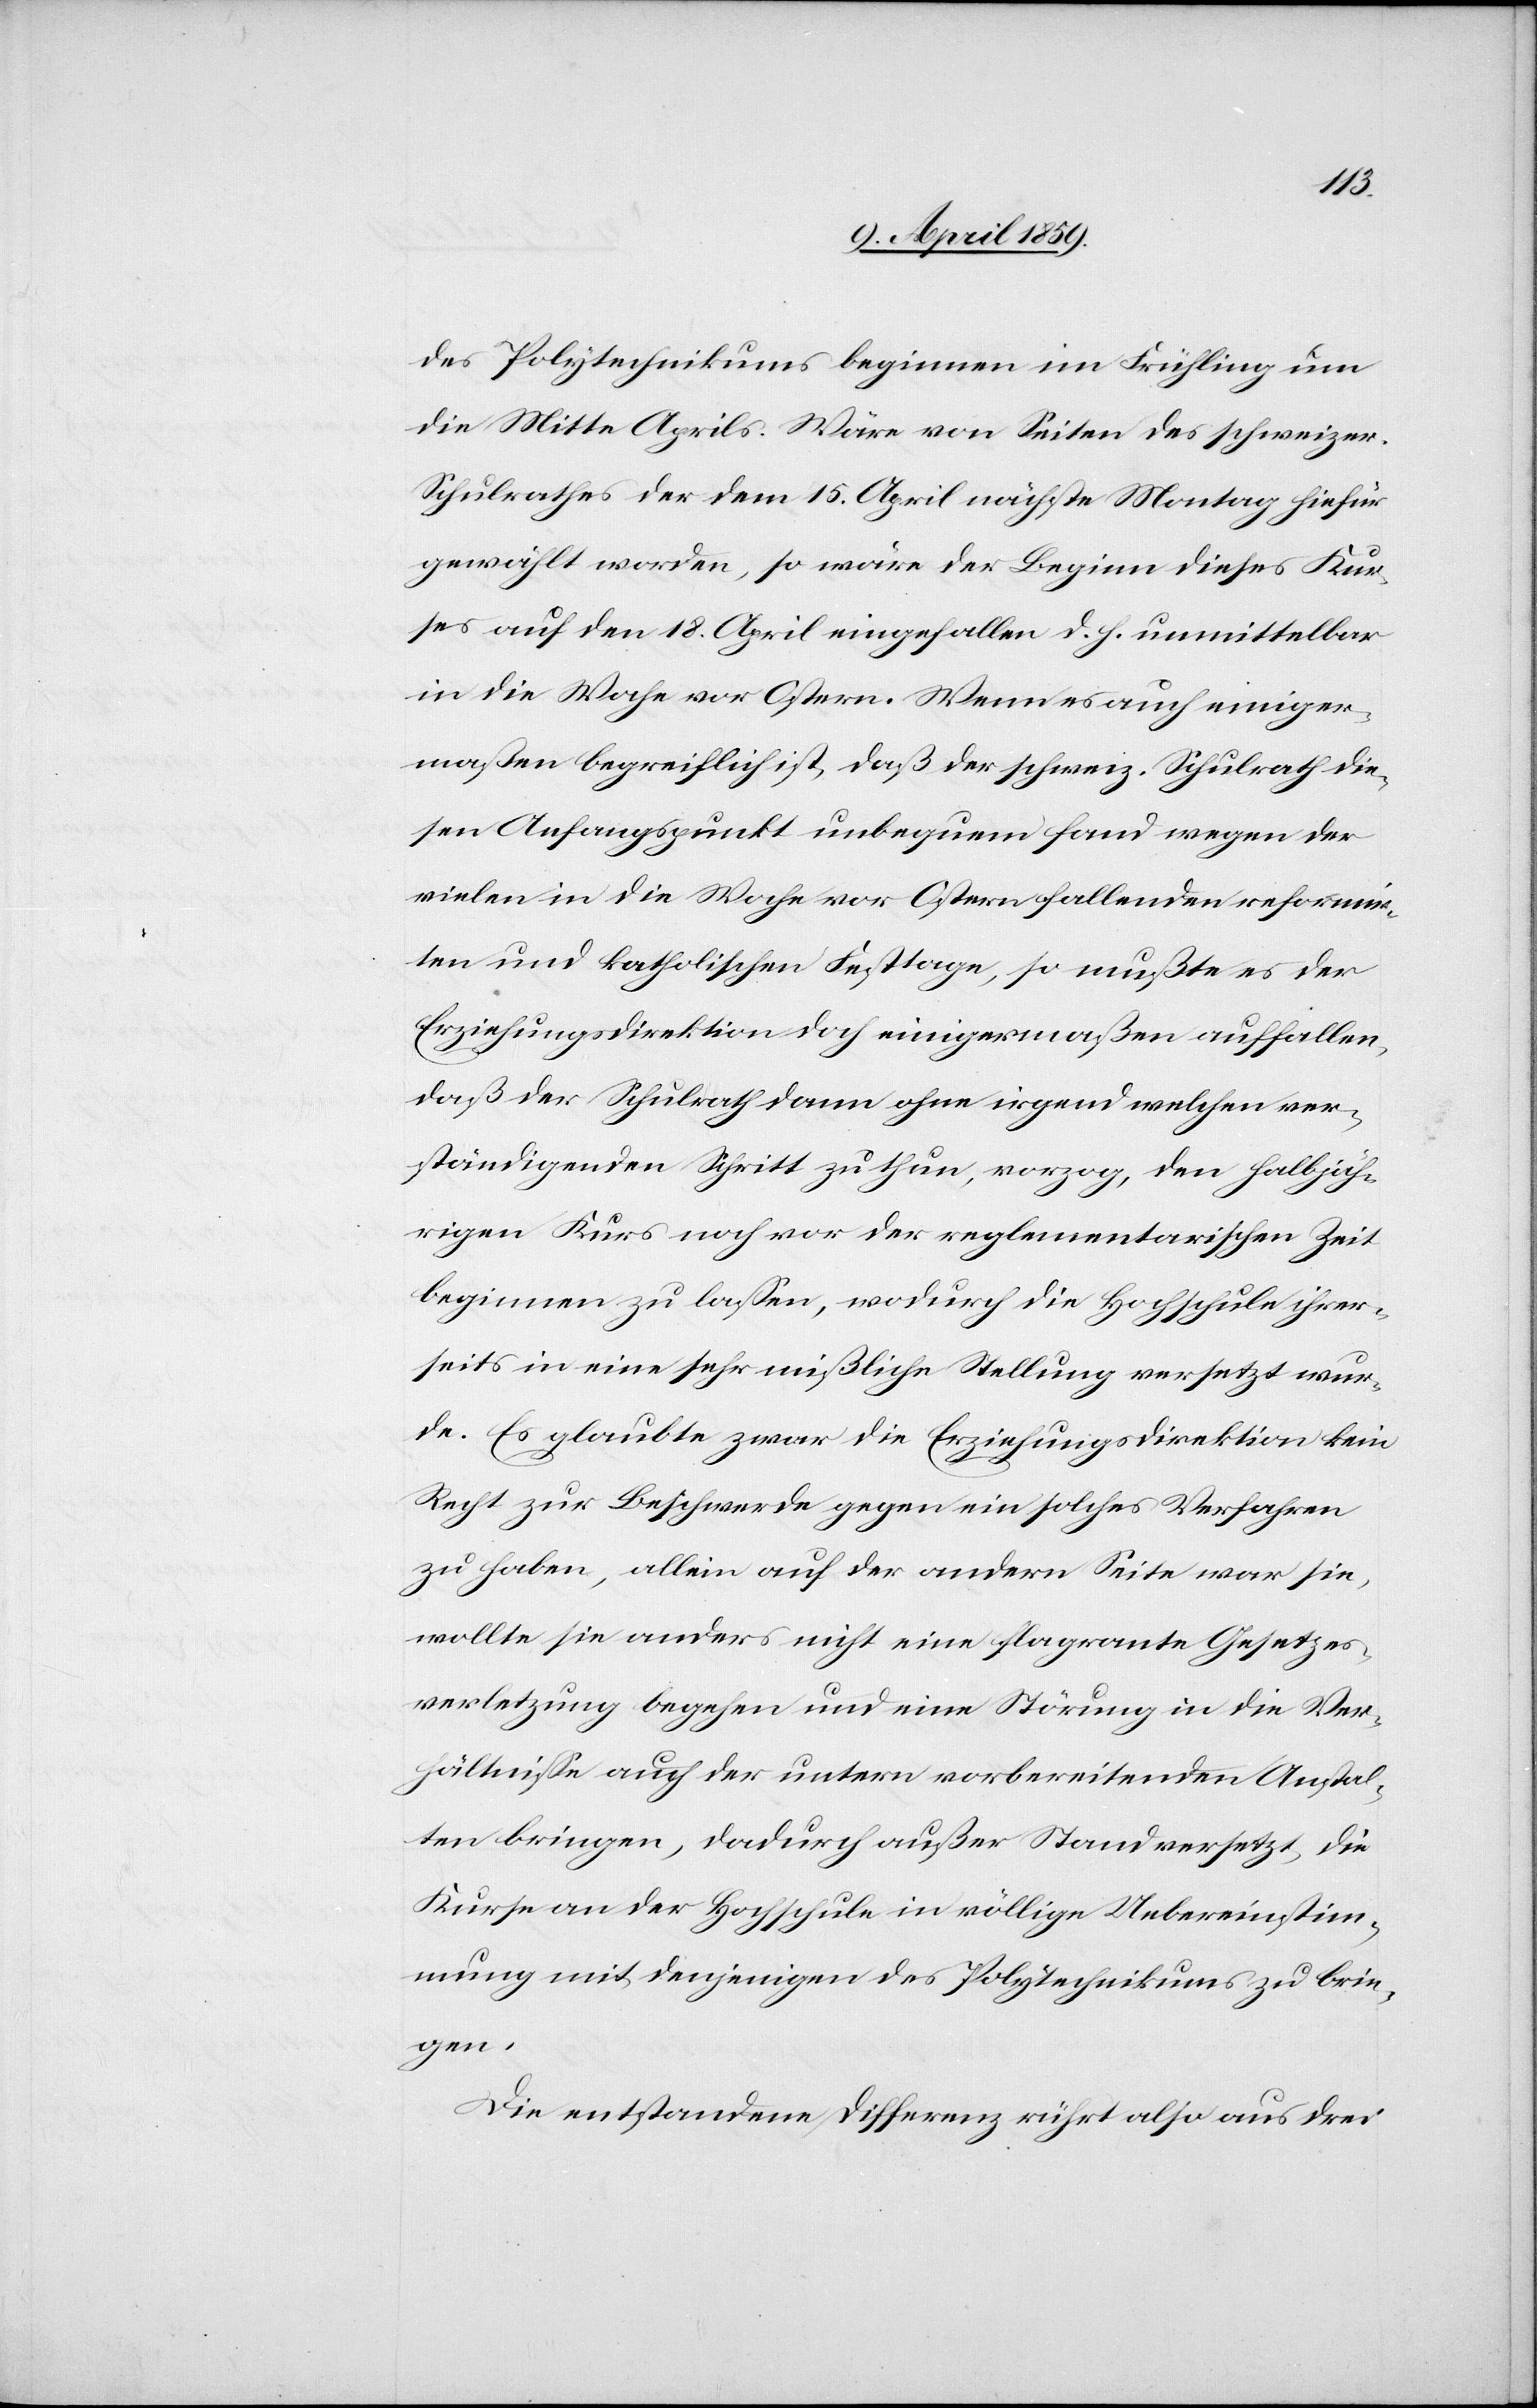
des Polytechnikums beginnen im Frühling um
die Mitte Aprils. Wäre von Seiten des schweizer.
Schulrathes der dem 15. April nächste Montag hiefür
gewählt worden, so wäre der Beginn dieses Kur¬
ses auf den 18. April eingefallen d. h. unmittelbar
in die Woche vor Ostern. Wenn es auch einiger¬
maßen begreiflich ist, daß der schweiz. Schulrath die¬
sen Anfangspunkt unbequem fand wegen der
vielen in die Woche vor Ostern fallenden reformier¬
ten und katholischen Festtage, so mußte es der
Erziehungsdirektion doch einigermaßen auffallen,
daß der Schulrath dann ohne irgend welchen ver¬
ständigenden Schritt zu thun, vorzog, den halbjäh¬
rigen Kurs noch vor der reglementarischen Zeit
beginnen zu laßen, wodurch die Hochschule ihrer¬
seits in eine sehr mißliche Stellung versetzt wur¬
de. Es glaubte zwar die Erziehungsdirektion kein
Recht zur Beschwerde gegen ein solches Verfahren
zu haben, allein auf der andern Seite war sie,
wollte sie anders nicht eine flagrante Gesetzes¬
verletzung begehen und eine Störung in die Ver¬
hältniße auch der untern vorbereitenden Anstal¬
ten bringen, dadurch außer Stand versetzt, die
Kurse an der Hochschule in völlige Uebereinstim¬
mung mit denjenigen des Polytechnikums zu brin¬
gen.
Die entstandene Differenz rührt also aus drei